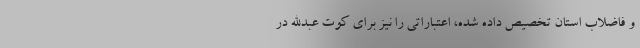
و فاضلاب استان تخصیص داده شده، اعتباراتی را نیز برای کوت عبدالله در